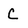
Character: C